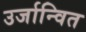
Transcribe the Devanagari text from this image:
उर्जान्वित